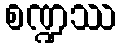
စဏ္ဍဿ